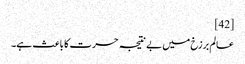
[42]
عالم برزخ میں بے نتیجہ حسرت کا باعث ہے۔